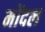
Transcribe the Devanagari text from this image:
मोंदल